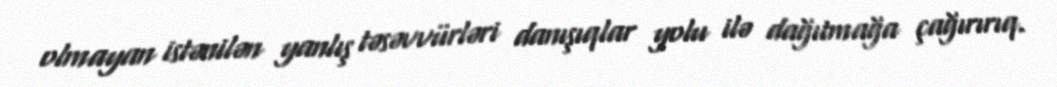
olmayan istənilən yanlış təsəvvürləri danışıqlar yolu ilə dağıtmağa çağırırıq.